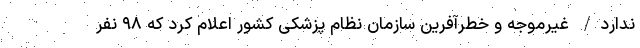
ندارد/ غیرموجه و خطرآفرین سازمان نظام پزشکی کشور اعلام کرد که ۹۸ نفر